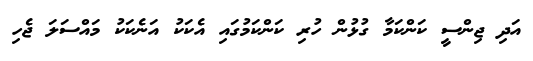
އަދި ޖިންސީ ކަންކަމާ ގުޅުން ހުރި ކަންކަމުގައި އެކަކު އަނެކަކު މައްސަލަ ޖެހި